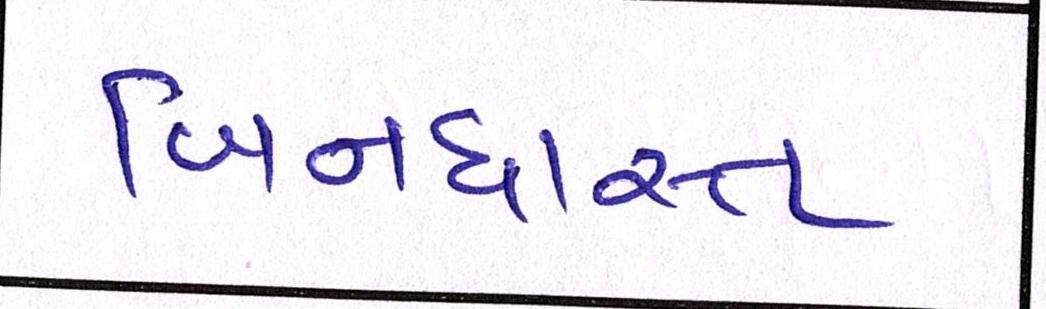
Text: બિનધાસ્ત